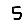
Digit: 5